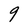
Character: 9